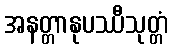
အနတ္တာနုပဿီသုတ္တံ